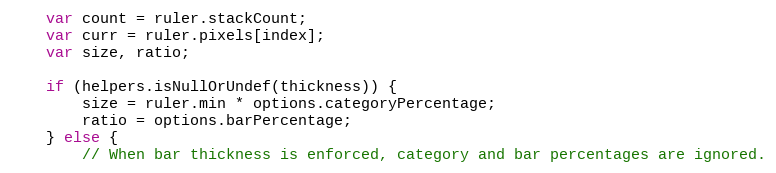
Language: JavaScript
	var count = ruler.stackCount;
	var curr = ruler.pixels[index];
	var size, ratio;

	if (helpers.isNullOrUndef(thickness)) {
		size = ruler.min * options.categoryPercentage;
		ratio = options.barPercentage;
	} else {
		// When bar thickness is enforced, category and bar percentages are ignored.